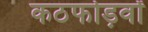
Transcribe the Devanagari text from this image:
कठफोड़वों